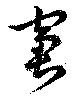
窘